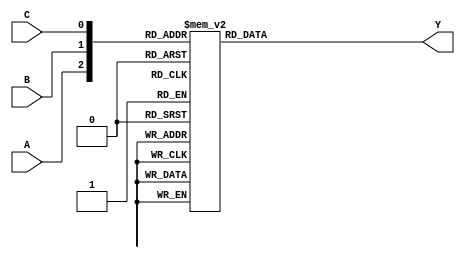
module DECODER3_8(A, B, C, Y);
    input A, B, C;
    output [7:0] Y;

    reg [7:0] Y;

    always @(A or B or C)
        case ({A, B, C})
            3'b000 : Y = {8'b11111110};
            3'b001 : Y = {8'b11111101};
            3'b010 : Y = {8'b11111011};
            3'b011 : Y = {8'b11110111};
            3'b100 : Y = {8'b11101111};
            3'b101 : Y = {8'b11011111};
            3'b110 : Y = {8'b10111111};
            3'b111 : Y = {8'b01111111};
        endcase
endmodule